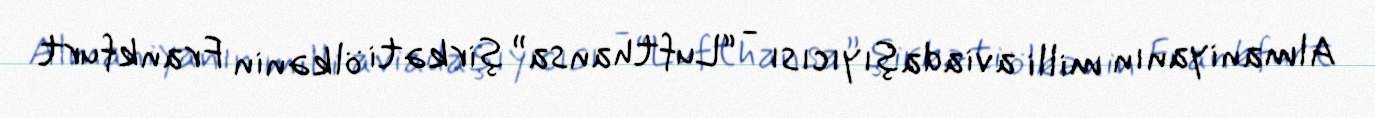
Almaniyanın milli aviadaşıyıcısı - “Lufthansa” şirkəti ölkənin Frankfurt